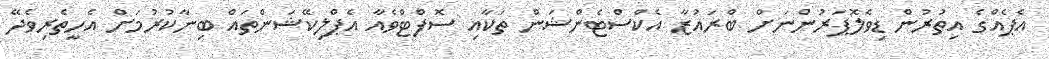
އެޕެއްގެ އިތުރުން ޑިވެލޮޕަރުންނަށް ބްރައުޒާ އެކްސްޓެންޝަން ތަކާއި ސޮފްޓްވެއާ އެޕްލިކޭޝަންތައް ބިނާކުރުމަށް އެހީތެރިވެދޭ